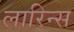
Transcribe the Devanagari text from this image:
लारिन्स